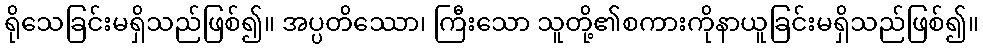
ရိုသေခြင်းမရှိသည်ဖြစ်၍။ အပ္ပတိဿော၊ ကြီးသော သူတို့၏စကားကိုနာယူခြင်းမရှိသည်ဖြစ်၍။